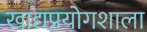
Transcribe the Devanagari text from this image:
खाद्यप्रयोगशाला